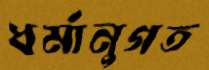
ধর্মানুগত